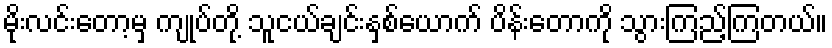
မိုးလင်းတော့မှ ကျုပ်တို့ သူငယ်ချင်းနှစ်ယောက် ပိန်းတောကို သွားကြည့်ကြတယ်။